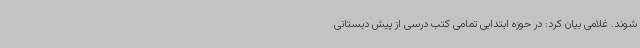
شوند. غلامی بیان کرد: در حوزه ابتدایی تمامی کتب درسی از پیش دبستانی